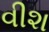
વીશ